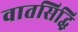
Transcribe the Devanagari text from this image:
वातसिद्धि